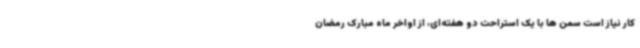
کار نیاز است سمن ها با یک استراحت دو هفته‌ای، از اواخر ماه مبارک رمضان